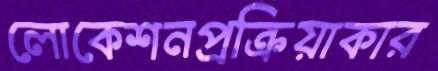
লোকেশনপ্রক্রিয়াকার